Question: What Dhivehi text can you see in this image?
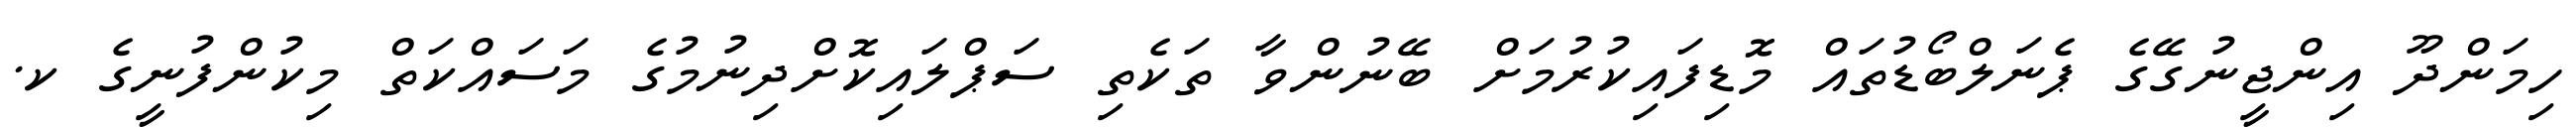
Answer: ހިމަންދޫ އިންޖީނުގޭގެ ޕެނަލްބޯޑުތައް މޮޑިފައިކުރުމަށް ބޭނުންވާ ތަކެތި ސަޕްލައިކޮށްދިނުމުގެ މަސައްކަތް މިކުންފުނީގެ ކ.